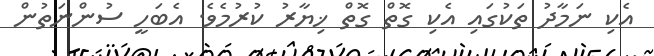
އެކި ނަމާދު ތަކުގައި އެކި ގޮތް ގޮތް ޚިޔާރު ކުރުމެވެ. އެބަހީ ސުންނަތުން